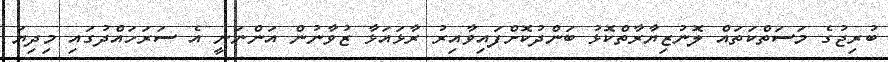
ބުރިޖުގެ މަސަތްކަތައް ލޮނުޒިޔާރާތްކޮޅު ބަންދުކޮށްފައިވާއިރު ރާޅައަޅާ ޒުވާނުން އަންނަނީ އެ ސަރަހައްދުގައި މިދިޔަ